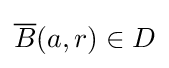
{\overline {B}}(a,r)\in D